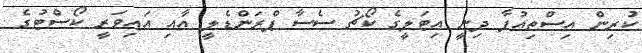
ކުރިން އިސްތިއުފާ ދިނީ އިޓަލީގެ ކޯޗު ސެސާ ޕްރަންޑެލީ އާއި އައިވަރީ ކޯސްޓުގެ